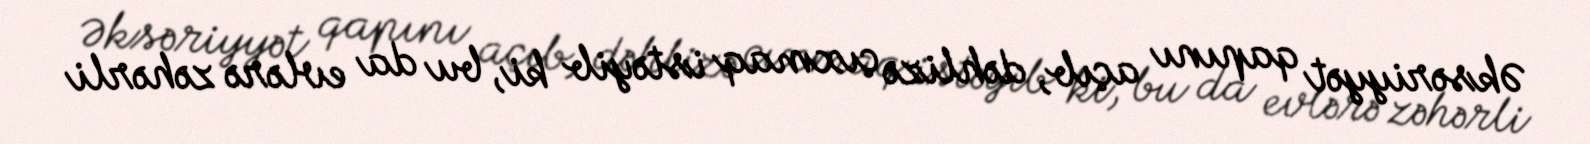
Əksəriyyət qapını açıb, dəhlizə çıxmaq istəyib ki, bu da evlərə zəhərli